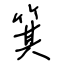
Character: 箕